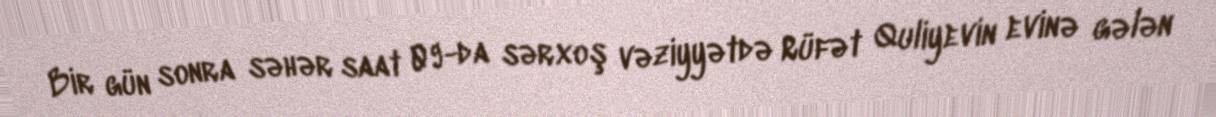
Bir gün sonra səhər saat 09-da sərxoş vəziyyətdə Rüfət Quliyevin evinə gələn